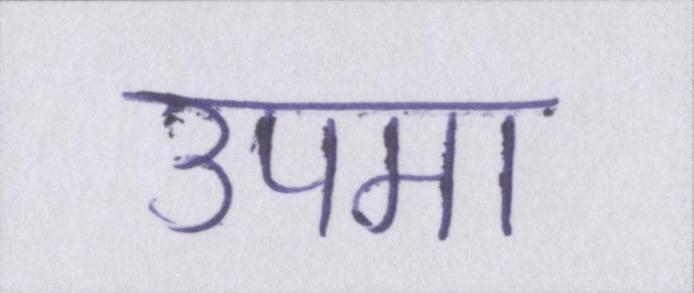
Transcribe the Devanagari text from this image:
उपमा